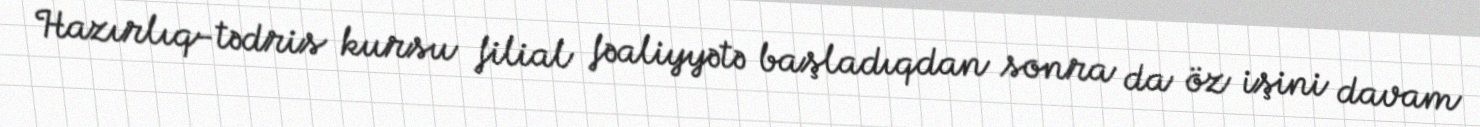
Hazırlıq-tədris kursu filial fəaliyyətə başladıqdan sonra da öz işini davam